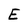
Character: E